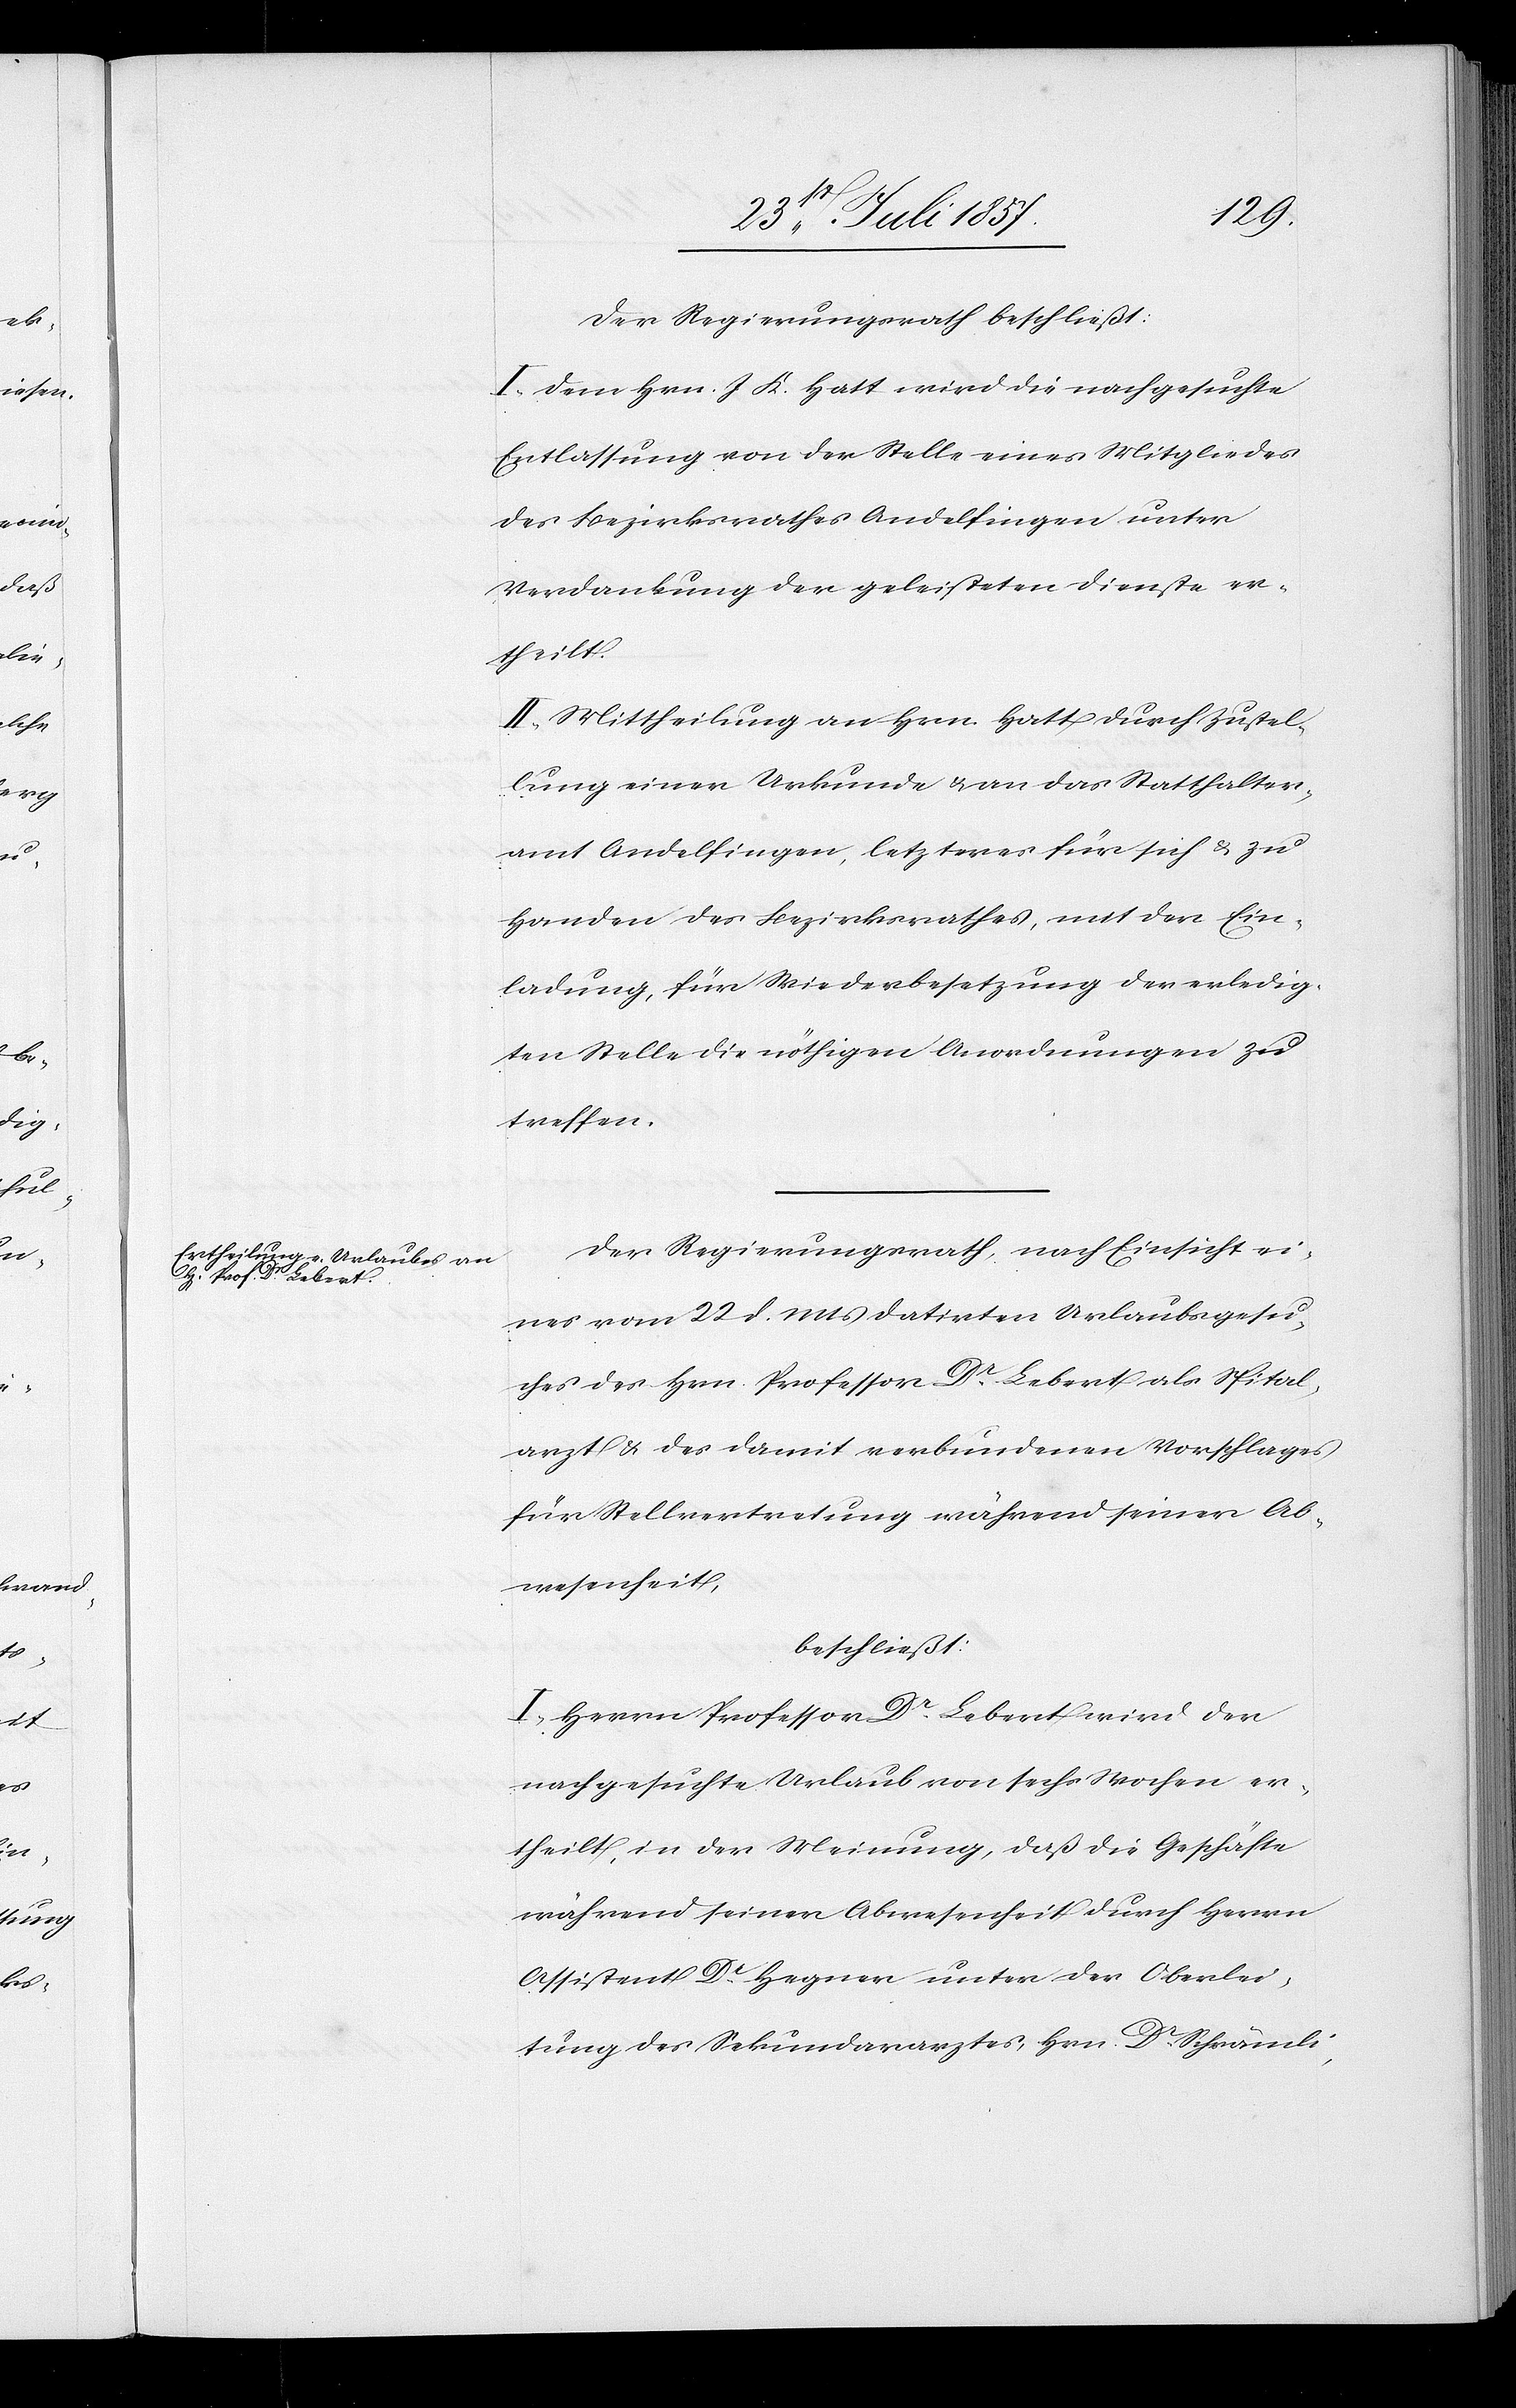
Der Regierungsrath beschließt:
I. Dem Hrn. J. K. Hatt wird die nachgesuchte
Entlassung von der Stelle eines Mitgliedes
des Bezirksrathes Andelfingen unter
Verdankung der geleisteten Dienste er¬
theilt.
II. Mittheilung an Hrn. Hatt durch Zustel¬
lung einer Urkunde & an das Statthalter¬
amt Andelfingen, letzteres für sich & zu
Handen des Bezirksrathes, mit der Ein¬
ladung, für Wiederbesetzung der erledig¬
ten Stelle die nöthigen Anordnungen zu
treffen.
Der Regierungsrath, nach Einsicht ei¬
nes vom 22 d. Mts. datirten Urlaubsgesu¬
ches des Hrn. Professor Dr Lebert als Spital¬
arzt & des damit verbundenen Vorschlages
für Stellvertretung während seiner Ab¬
wesenheit,
beschließt:
I. Herrn Professor Dr Lebert wird der
nachgesuchte Urlaub von sechs Wochen er¬
theilt, in der Meinung, daß die Geschäfte
während seiner Abwesenheit durch Herrn
Assistent Dr Hegner unter der Oberlei¬
tung des Sekundararztes, Hrn. Dr Schrändli,